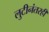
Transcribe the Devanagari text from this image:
लुटीनंतरही